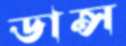
ডান্স